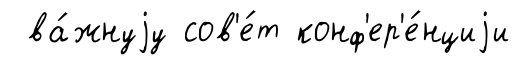
ва́жнуjу сов'е́т конф'ер'е́нциjи